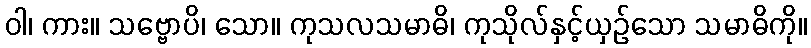
ဝါ၊ ကား။ သဗ္ဗောပိ၊ သော။ ကုသလသမာဓိ၊ ကုသိုလ်နှင့်ယှဉ်သော သမာဓိကို။